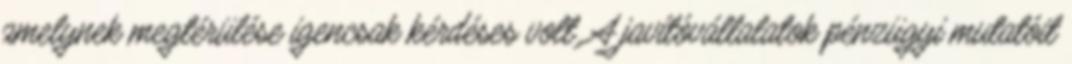
amelynek megtérülése igencsak kérdéses volt. A javítóvállalatok pénzügyi mutatóit